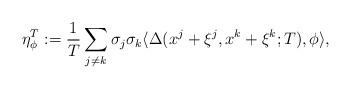
LaTeX: \begin{align*}\eta^T_{\phi}:=\frac{1}{T}\sum_{j \neq k}\sigma_j \sigma_k \langle \Delta(x^j + \xi^j,x^k+\xi^k;T),\phi \rangle,\end{align*}